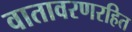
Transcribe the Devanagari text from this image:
वातावरणरहित